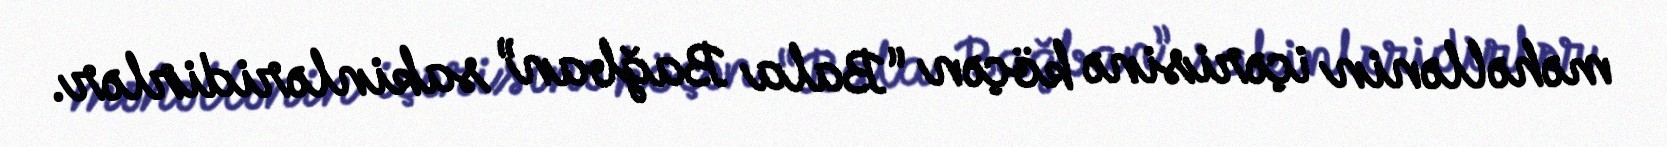
məhəllənin içərisinə köçən “Bala Bağban” sakinləridirlər.